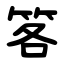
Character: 笿